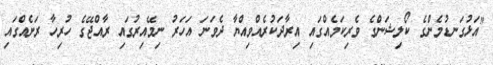
"އަޅުގަނޑުމެންގެ ކޯލިޝަންގެ ވެރިކަމެއްގައި އިރާދަކުރެއްވިއްޔާ ދެވަނަ އަހަރު ނިމޭއިރުގައި ރާއްޖޭގެ ހުރިހާ ރަށެއްގައި